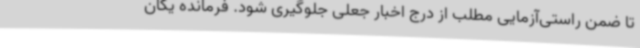
تا ضمن راستی‌آزمایی مطلب از درج اخبار جعلی جلوگیری شود. فرمانده یگان